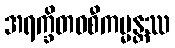
အရက္ခိတဝစီကမ္မန္တဿ